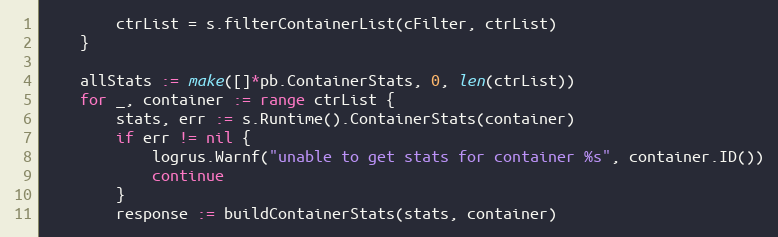
Language: Go
		ctrList = s.filterContainerList(cFilter, ctrList)
	}

	allStats := make([]*pb.ContainerStats, 0, len(ctrList))
	for _, container := range ctrList {
		stats, err := s.Runtime().ContainerStats(container)
		if err != nil {
			logrus.Warnf("unable to get stats for container %s", container.ID())
			continue
		}
		response := buildContainerStats(stats, container)